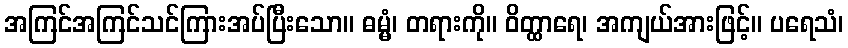
အကြင်အကြင်သင်ကြားအပ်ပြီးသော။ ဓမ္မံ၊ တရားကို။ ဝိတ္ထာရေ၊ အကျယ်အားဖြင့်။ ပရေသံ၊